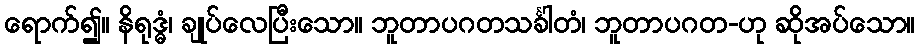
ရောက်၍။ နိရုဒ္ဓံ၊ ချုပ်လေပြီးသော။ ဘူတာပဂတသင်္ခါတံ၊ ဘူတာပဂတ-ဟု ဆိုအပ်သော။